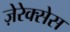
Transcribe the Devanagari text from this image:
ज़ेरेक्सेस